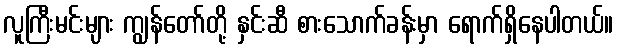
လူကြီးမင်းများ ကျွန်တော်တို့ နှင်းဆီ စားသောက်ခန်းမှာ ရောက်ရှိနေပါတယ်။